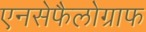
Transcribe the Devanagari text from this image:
एनसेफैलोग्राफ